Report on horse surra - Volume I
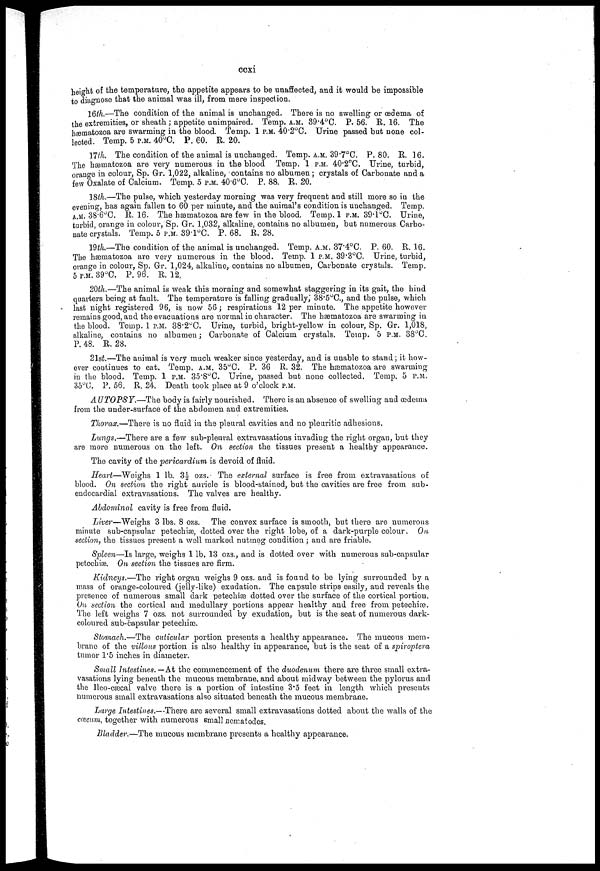
ccxi
height of the temperature, the appetite appears to be unaffected, and it would be impossible
to diagnose that the animal was ill, from mere inspection.
16th.—The condition of the animal is unchanged. There is no swelling or œdema of
the extremities, or sheath; appetite unimpaired. Temp. A.M. 39.4°C. P. 56. R. 16. The
hæmatozoa are swarming in the blood. Temp. 1 P.M. 40.2°C. Urine passed but none col-
lected. Temp. 5 P.M. 40°C. P. 60. R. 20.
17th. The condition of the animal is unchanged. Temp. A.M. 39.7°C. P. 80. R. 16.
The hæmatozoa are very numerous in the blood Temp. 1 P.M. 40.2°C. Urine, turbid,
orange in colour, Sp. Gr. 1,022, alkaline, contains no albumen; crystals of Carbonate and a
few Oxalate of Calcium. Temp. 5 P.M. 40.6°C. P. 88. R. 20.
18th.—The pulse, which yesterday morning was very frequent and still more so in the
evening, has again fallen to 60 per minute, and the animal's condition is unchanged. Temp.
A.M. 38.6°C. R. 16. The hæmatozoa are few in the blood. Temp. 1 P.M. 39.1°C. Urine,
turbid, orange in colour, Sp. Gr. 1,032, alkaline, contains no albumen, but numerous Carbo-
nate crystals. Temp. 5 P.M. 39.1°C. P. 68. R. 28.
19th.—The condition of the animal is unchanged. Temp. A.M. 37.4°C. P. 60. R. 16.
The hæmatozoa are very numerous in the blood. Temp. 1 P.M. 39.3°C. Urine, turbid,
orange in colour, Sp. Gr. 1,024, alkaline, contains no albumen, Carbonate crystals. Temp.
5 P.M. 39°C. P. 96. R. 12.
20th.—The animal is weak this morning and somewhat staggering in its gait, the hind
quarters being at fault. The temperature is falling gradually; 38.5°C., and the pulse, which
last night registered 96, is now 56; respirations 12 per minute. The appetite however
remains good, and the evacuations are normal in character. The hæmatozoa are swarming in
the blood. Temp. 1 P.M. 38.2°C. Urine, turbid, bright-yellow in colour, Sp. Gr. 1,018,
alkaline, contains no albumen; Carbonate of Calcium crystals. Temp. 5 P.M. 38°C.
P. 48. R. 28.
21st.—The animal is very much weaker since yesterday, and is unable to stand; it how-
ever continues to eat. Temp. A.M. 35°C. P. 36 R. 32. The hæmatozoa are swarming
in the blood. Temp. 1 P.M. 35.8°C. Urine, passed but none collected. Temp, 5 P.M.
35°C. P. 56. R. 24. Death took place at 9 o'clock P.M.
AUTOPSY.—The body is fairly nourished. There is an absence of swelling and œdema
from the under-surface of the abdomen and extremities.
Thorax.—There is no fluid in the pleural cavities and no pleuritic adhesions.
Lungs.—There are a few sub-pleural extravasations invading the right organ, but they
are more numerous on the left. On section the tissues present a healthy appearance.
The cavity of the pericardium is devoid of fluid.
Heart—Weighs 1 lb. 3½ ozs. The external surface is free from extravasations of
blood. On section the right auricle is blood-stained, but the cavities are free from sub-
endocardial extravasations. The valves are healthy.
Abdominal cavity is free from fluid.
Liver—Weighs 3 lbs. 8 ozs. The convex surface is smooth, but there are numerous
minute sub-capsular petechiæ, dotted over the right lobe, of a dark-purple colour. On
section, the tissues present a well marked nutmeg condition; and.are friable.
Spleen—Is large, weighs 1 lb. 13 ozs., and is dotted over with numerous sub-capsular
petechiæ. On section the tissues are firm.
Kidneys.—The right organ weighs 9 ozs. and is found to be lying surrounded by a
mass of orange-coloured (jelly-like) exudation. The capsule strips easily, and reveals the
presence of numerous small dark petechiæ dotted over the surface of the cortical portion.
On section the cortical and medullary portions appear healthy and free from petechiæ.
The left weighs 7 ozs. not surrounded by exudation, but is the seat of numerous dark-
coloured sub-capsular petechiæ.
Stomach.—The cuticular portion presents a healthy appearance. The mucous mem-
brane of the villous portion is also healthy in appearance, but is the seat of a spiroptera
tumor 1.5 inches in diameter.
Small Intestines. —At the commencement of the duodenum there are three small extra-
vasations lying beneath the mucous membrane, and about midway between the pylorus and
the Ileo-cæcal valve there is a portion of intestine 3.5 feet in length which presents
numerous small extravasations also situated beneath the mucous membrane.
Large Intestines.—There are several small extravasations dotted about the walls of the
cæcum, together with numerous small nematodes.
Bladder.—The mucous membrane presents a healthy appearance.